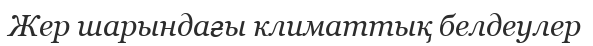
Жер шарындағы климаттық белдеулер